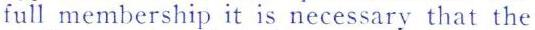
full membership it is necessary that the